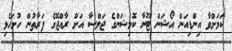
ކަމަށްވާ އިންޑިއަން އޯޝަން ޓޫނާ ކޮމިޝަންގެ ޖަލްސާ އަށް ރާއްޖޭގެ ފަރާތުން ހުށަހެޅި